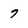
Character: 7